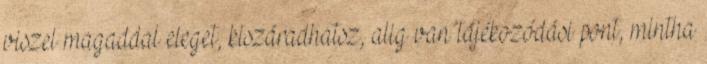
viszel magaddal eleget, kiszáradhatsz, alig van tájékozódási pont, mintha